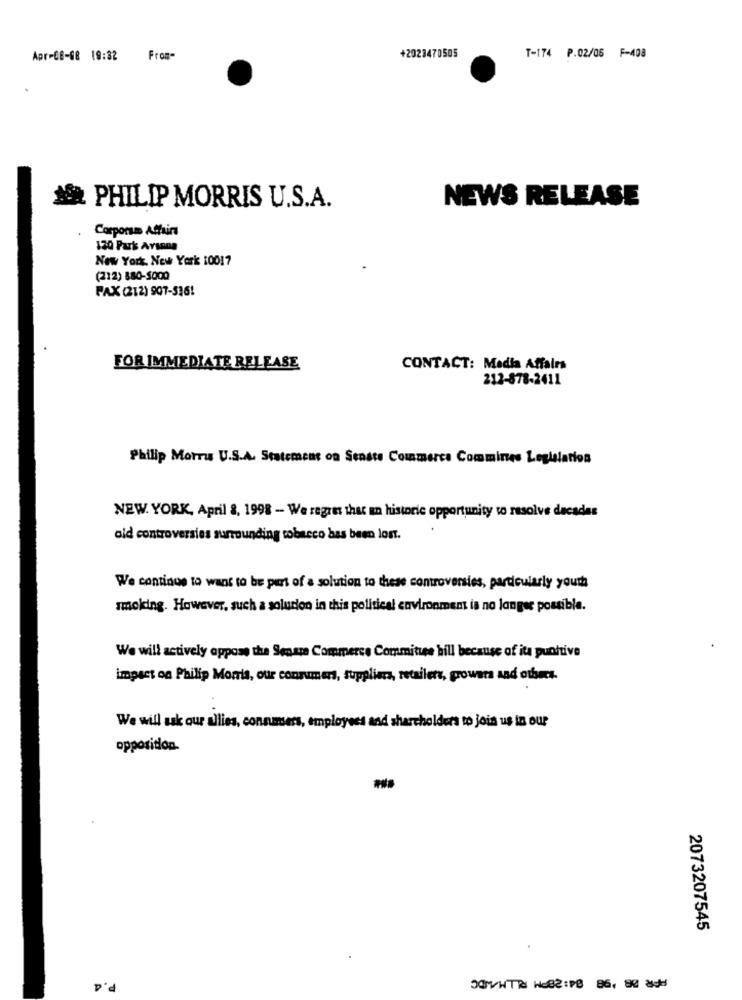
Apr-08-08 19:32
From-
+2023470505
T-174 P.02/06 F-408
NEWS RELEASE
PHILIP MORRIS U.S.A.
Corporsm Affairs
120 Park Avsana
New York, New York 10017
(212) 880-5000
FAX (212) 907-536!
FOR IMMEDIATE RELEASE
CONTACT: Media Affairs
212-878-2411
Philip Morris U.S.A. Statement on Senste Commerce Commines Legislation
NEW YORK, April 8, 1998 - We regret that an historic opportunity to resolve dacadas
old controversies surrounding tobacco has been lost.
We continue to want to be part of a solution to these controversies, particularly youth
smoking. However, such a solution in this political environment is no longer possible.
We will actively oppose the Senate Commerce Committee hill because of ita punitive
impact on Philip Morris, our consumers, suppliers, retailers, prowera and others.
We will ask our allies, consumers, employees and shareholders to join us in our
opposition.
2073207545
P.4